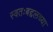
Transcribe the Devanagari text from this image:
स्वतःबद्दलच्या